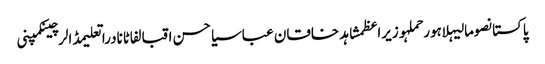
پاکستانصومالیہلاہورحملہوزیراعظمشاہد خاقان عباسیاحسن اقبالفاٹانادراتعلیمڈالرچینکمپنی